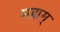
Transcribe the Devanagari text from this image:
मह्यम्